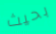
بحيث